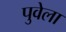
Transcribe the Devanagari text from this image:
पुवेला